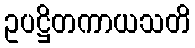
ဥပဋ္ဌိတကာယသတိ